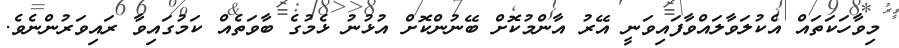
މިވާހަކަތައް އެކުލަވާލައްވާފައިވަނީ އޭރު އާންމުކޮށް ބޭނުންކޮށް އުޅުނު ޅެމުގެ ބާވަތެއް ކަމުގައިވާ ރައިވަރުންނެވެ.